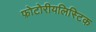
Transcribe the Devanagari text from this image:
फ़ोटोरीयलिस्टिक